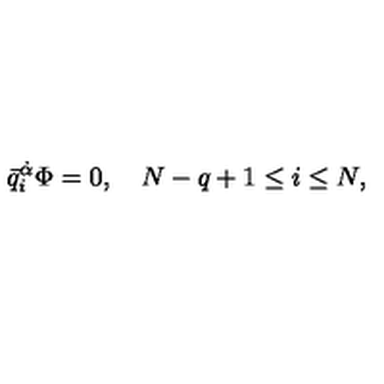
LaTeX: \bar { q } _ { i } ^ { \dot { \alpha } } \Phi = 0 , \quad N - q + 1 \leq i \leq N ,